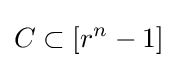
C\subset [r^{n}-1]